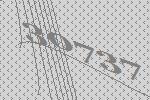
30737